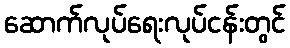
ဆောက်လုပ်ရေးလုပ်ငန်းတွင်